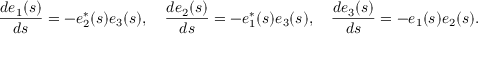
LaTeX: { \frac { d { e } _ { 1 } ( s ) } { d s } } = - { e } _ { 2 } ^ { * } ( s ) e _ { 3 } ( s ) , \quad { \frac { d { e } _ { 2 } ( s ) } { d s } } = - { e } _ { 1 } ^ { * } ( s ) { e } _ { 3 } ( s ) , \quad { \frac { d { e } _ { 3 } ( s ) } { d s } } = - { e } _ { 1 } ( s ) e _ { 2 } ( s ) .